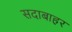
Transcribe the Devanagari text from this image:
सदाबाहर